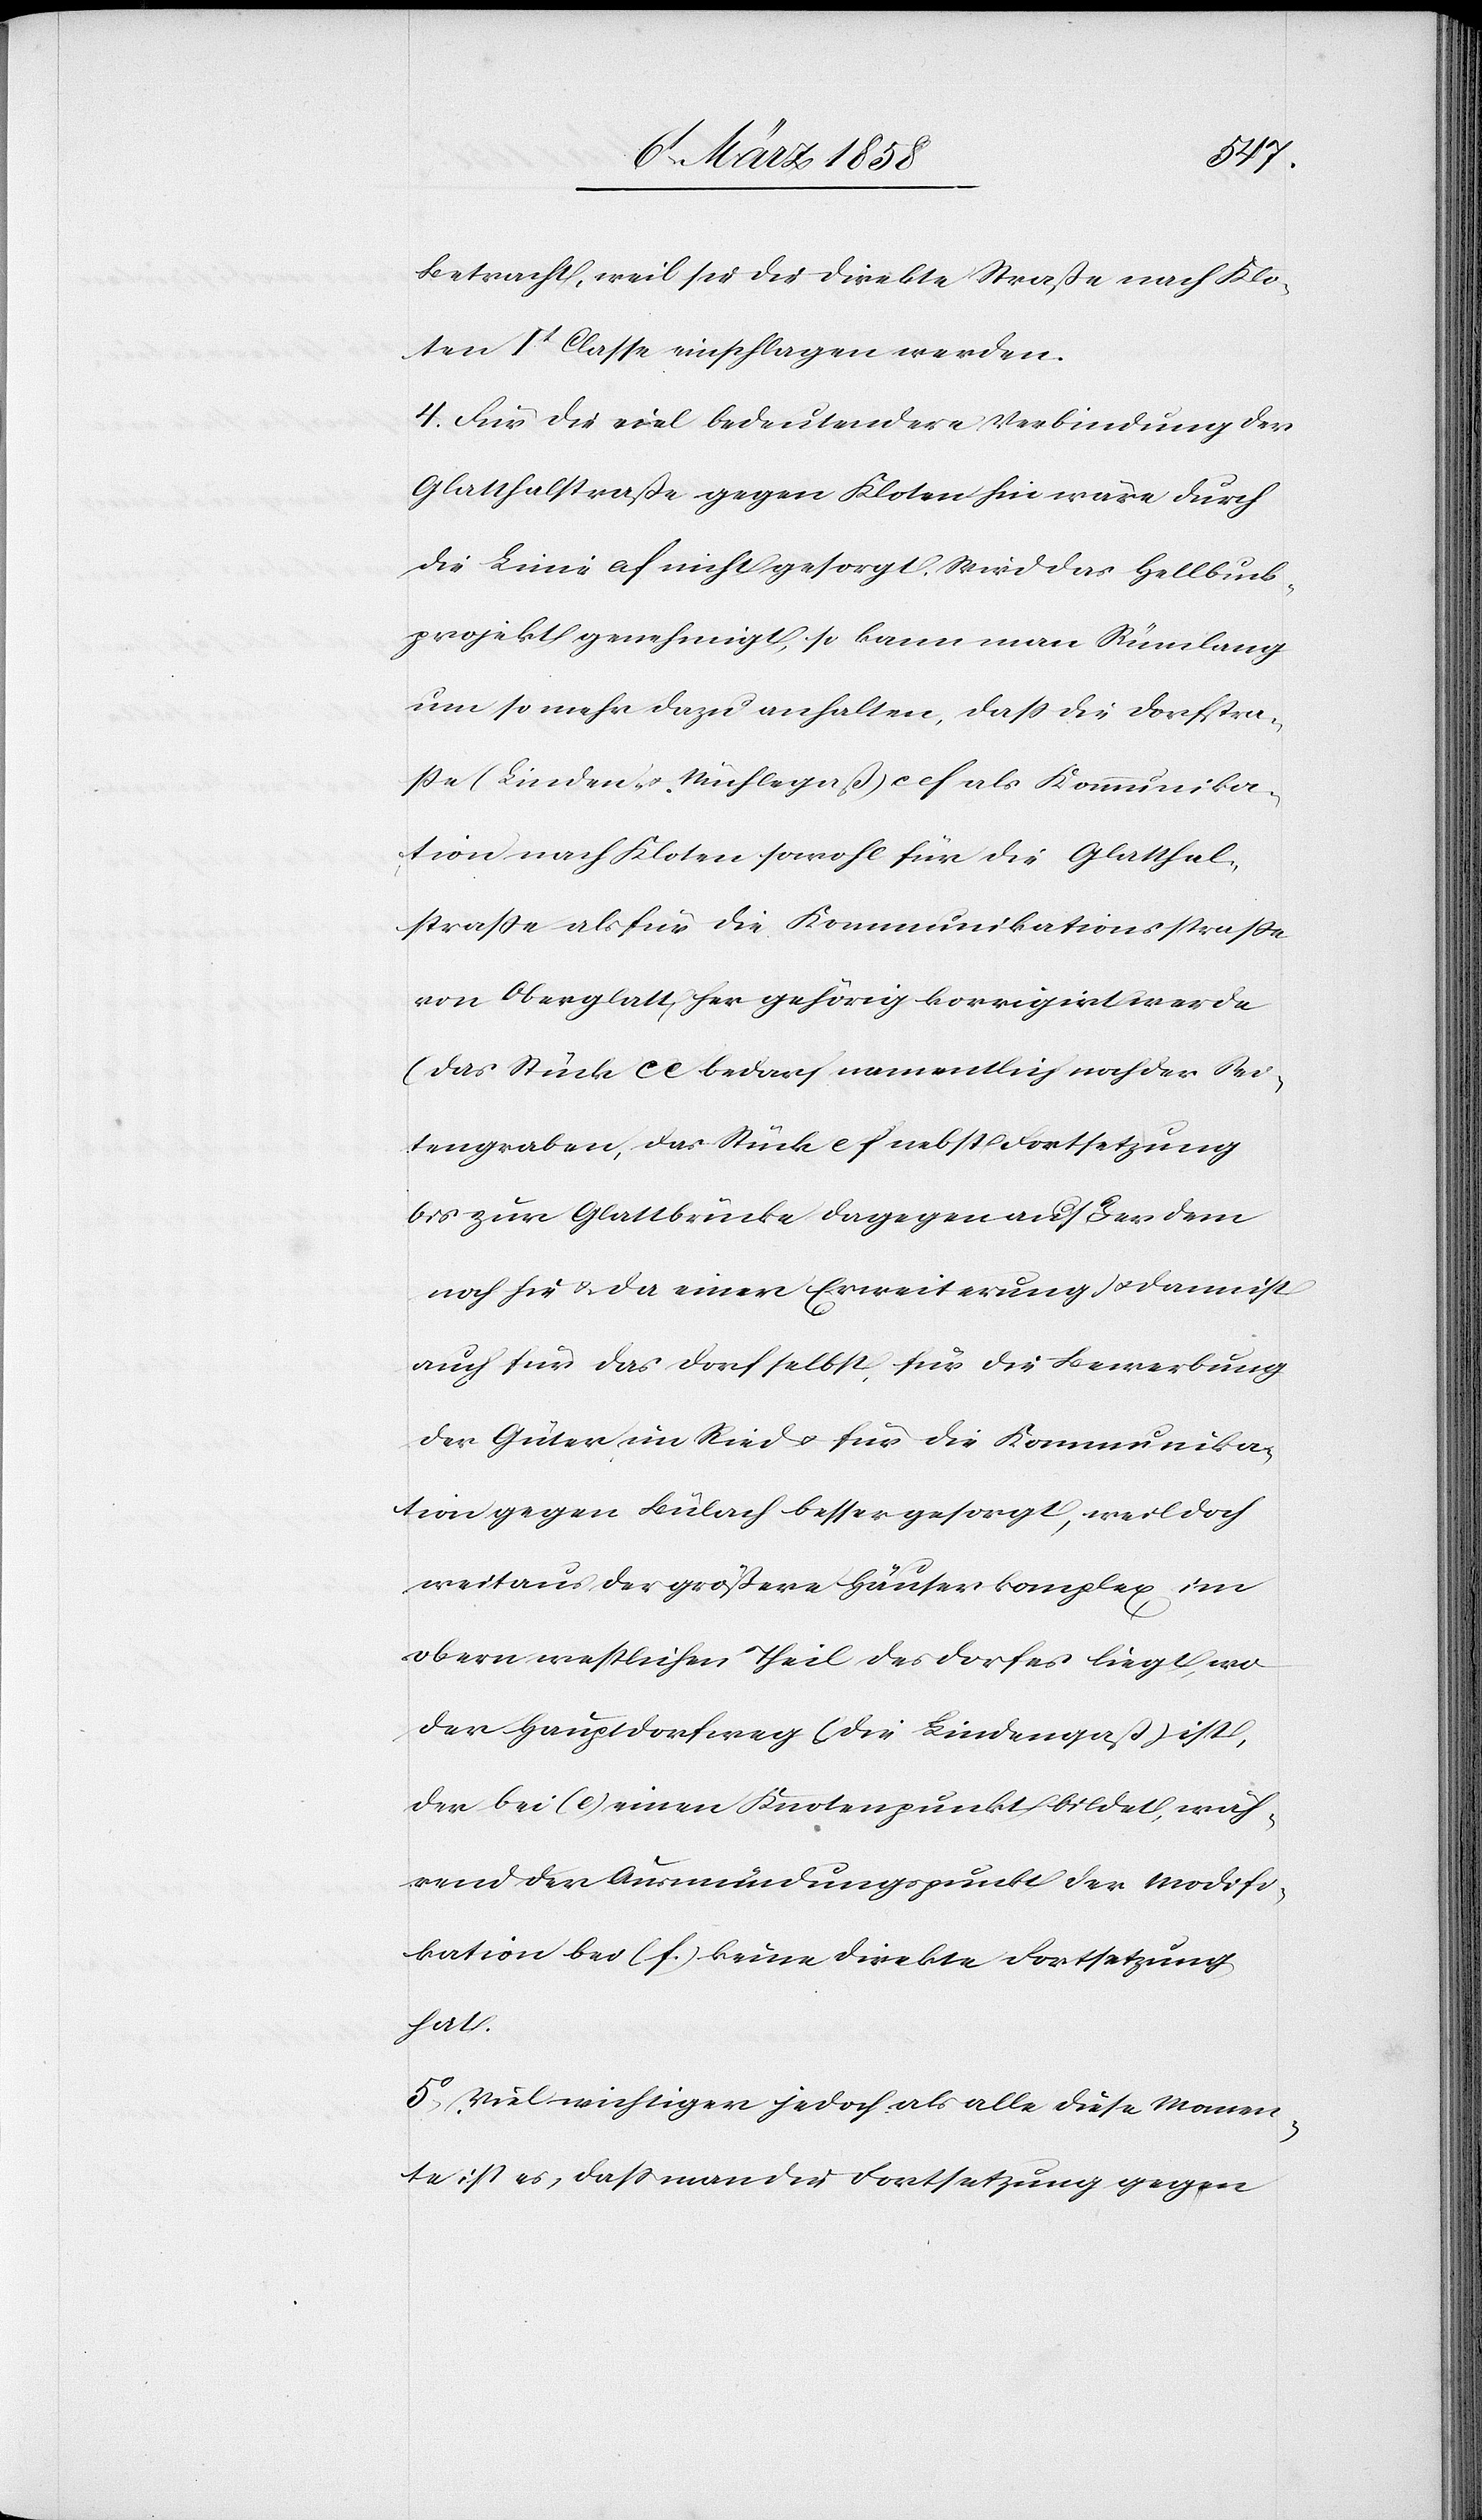
Betracht, weil sie die direkte Straße nach Klo¬
ten It Classe einschlagen werden.
4. Für die viel bedeutendere Verbindung der
Glatthaltstraße gegen Kloten hin wäre durch
die Linie af nicht gesorgt. Wird das Hellbuck¬
projekt genehmigt, so kann man Rümlang
um so mehr dazu erhalten, daß die Dorfstra¬
ße (Linden- u. Mühlegasse) ecf als Kommunika¬
tion nach Kloten sowohl für die Glatthal¬
straße als für die Kommunikationsstraße
von Oberglatt für gehörig korrigirt werde
(das Stück ce bedarf namentlich noch der Sei¬
tengraben, das Stück ef nebst Fortsetzung
bis zur Glattbrücke dagegen auf der dem
noch hie u. da einer Erweiterung[)] sodann ist
auch für das Dorf selbst, für die Bewerbung
der Güter im Ried u. für die Kommunika¬
tion gegen Bülach besser gesorgt, weil doch
weitaus der größere Häuserkomplex im
obern westlichen Theil des Dorfes liegt, wo
der Hauptdorfweg (die Lindengaß) ist,
der bei (e) einen Knotenpunkt bildet, wäh¬
rend der Ausmündungspunkt der Modifi¬
kation bei (f.) keine direkte Fortsetzung
hat.
5. Viel wichtiger jedoch als alle diese Momen¬
te ist es, daß man die Fortsetzung gegen